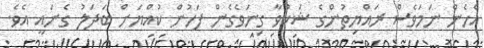
އެހެން ނަމަވެސް ރައްޔިތުންގެ ޝަކުވާ ގިނަވެގެން ފަހުން ކުއްޔަށް ބަދަލު ގެނައީ އެވެ.